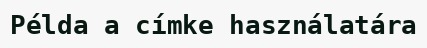
Példa a címke használatára